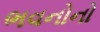
ભવનોનો